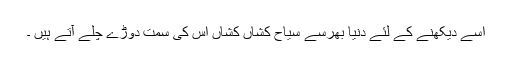
اسے دیکھنے کے لئے دنیا بھرسے سیاح کشاں کشاں اس کی سمت دوڑے چلے آتے ہیں ۔